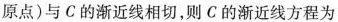
原点)与C的渐近线相切，则C的渐近线方程为